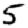
Digit: 5